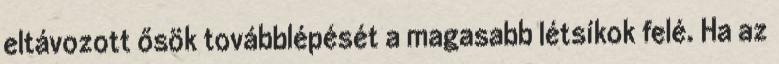
eltávozott ősök továbblépését a magasabb létsíkok felé. Ha az